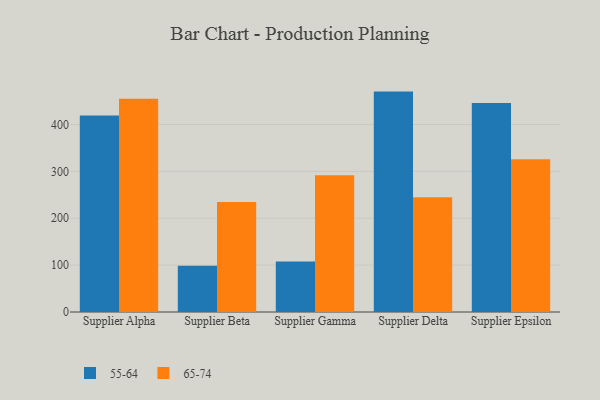
{"axis": {"x": "Supplier", "y": "Latency (ms)"}, "legend": ["55-64", "65-74"], "data": [{"x": "Supplier Alpha", "y": 419.2, "type": "55-64"}, {"x": "Supplier Alpha", "y": 455.0, "type": "65-74"}, {"x": "Supplier Beta", "y": 98.8, "type": "55-64"}, {"x": "Supplier Beta", "y": 234.9, "type": "65-74"}, {"x": "Supplier Gamma", "y": 107.6, "type": "55-64"}, {"x": "Supplier Gamma", "y": 291.8, "type": "65-74"}, {"x": "Supplier Delta", "y": 470.3, "type": "55-64"}, {"x": "Supplier Delta", "y": 244.7, "type": "65-74"}, {"x": "Supplier Epsilon", "y": 445.9, "type": "55-64"}, {"x": "Supplier Epsilon", "y": 326.1, "type": "65-74"}]}